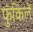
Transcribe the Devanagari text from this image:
फुंकिलें